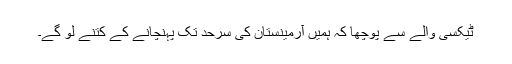
ٹیکسی والے سے پوچھا کہ ہمیں آرمینستان کی سرحد تک پہنچانے کے کتنے لو گے۔